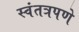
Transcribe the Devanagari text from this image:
स्वंतत्रपणे